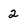
Character: 2